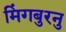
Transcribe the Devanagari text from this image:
मिंगबुरनु